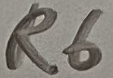
Text: R6